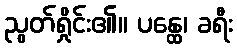
ညွတ်ရှိုင်း၏။ ပန္ထေ၊ ခရီး